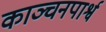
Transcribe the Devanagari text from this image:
काञ्चनपार्श्व